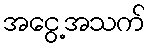
အငွေ့အသက်